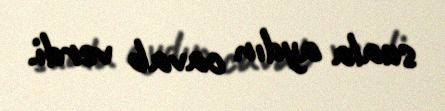
suala aydın cavab verdi.